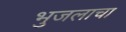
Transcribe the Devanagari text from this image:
भुजलाचा